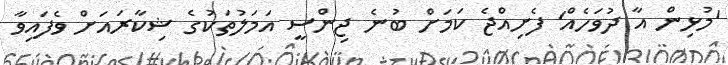
'މުޅިން އާ ދުވަހެއް' ފެށިއްޖެ ކަމަށް ބުނެ ޖިންސީ އަމަލުތަކުގެ ޝިކާރައަށް ވެފައިވާ